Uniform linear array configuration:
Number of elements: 24
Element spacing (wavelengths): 0.25
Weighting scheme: exponential
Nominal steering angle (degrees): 0
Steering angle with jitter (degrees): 0.3329
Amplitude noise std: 0.05
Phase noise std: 0.05

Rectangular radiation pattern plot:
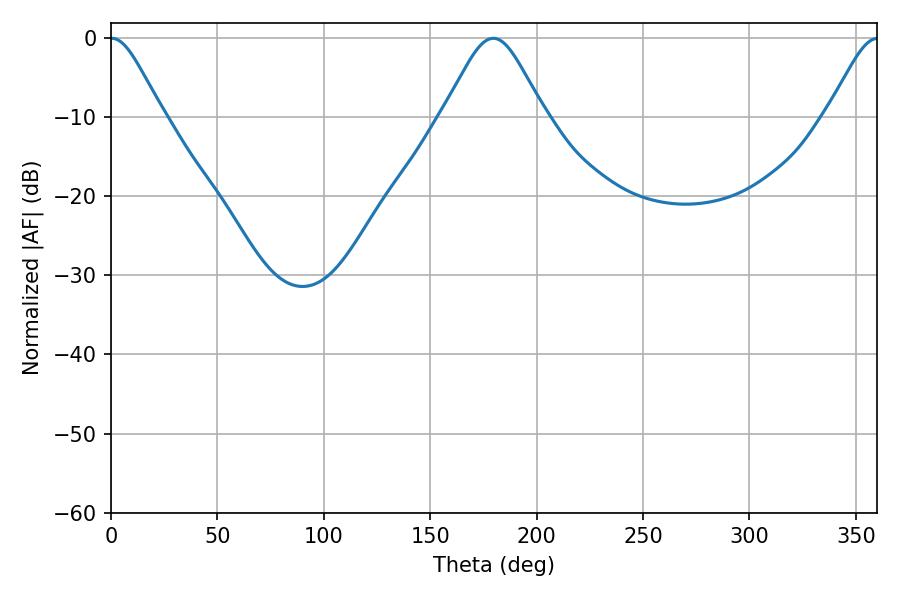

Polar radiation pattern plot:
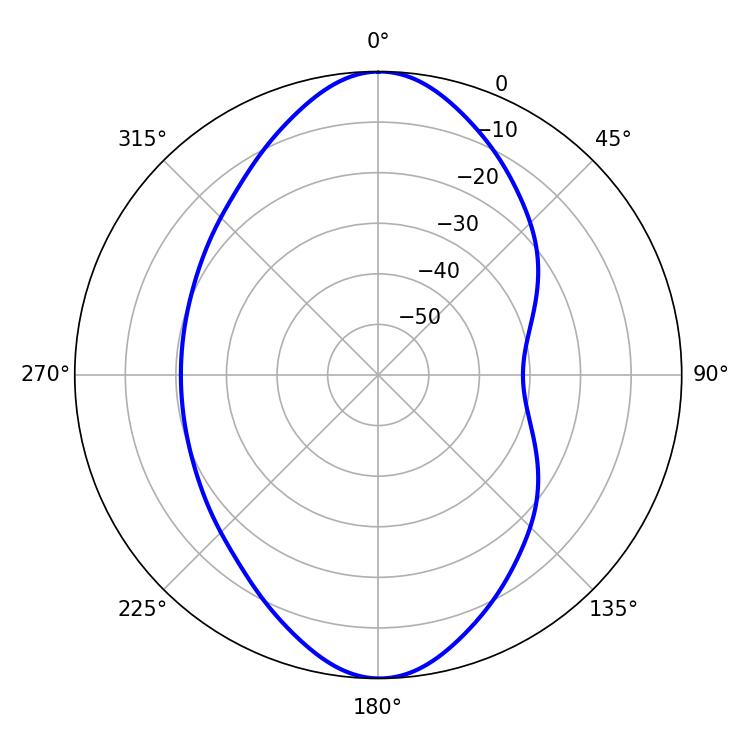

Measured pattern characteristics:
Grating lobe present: FALSE
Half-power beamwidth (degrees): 11.88
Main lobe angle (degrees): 0.36